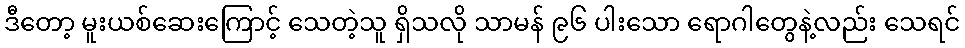
ဒီတော့ မူးယစ်ဆေးကြောင့် သေတဲ့သူ ရှိသလို သာမန် ၉၆ ပါးသော ရောဂါတွေနဲ့လည်း သေရင်